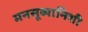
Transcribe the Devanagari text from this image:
मनसूब्यानिशी